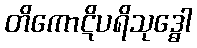
တိကောဋိပရိသုဒ္ဓေါ